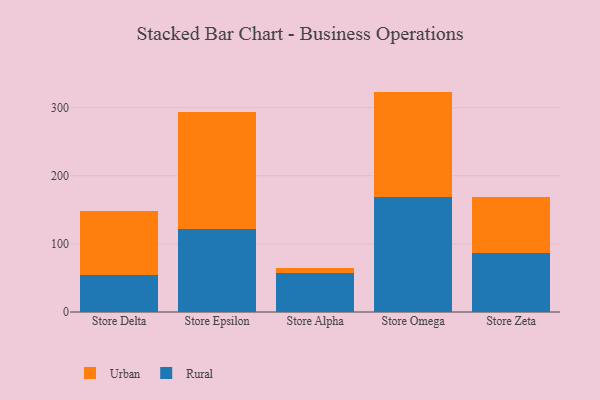
{"axis": {"x": "Store", "y": "LTV (USD)"}, "legend": ["Rural", "Urban"], "data": [{"x": "Store Delta", "y": 54.9, "type": "Rural"}, {"x": "Store Delta", "y": 93.0, "type": "Urban"}, {"x": "Store Epsilon", "y": 121.9, "type": "Rural"}, {"x": "Store Epsilon", "y": 172.0, "type": "Urban"}, {"x": "Store Alpha", "y": 56.9, "type": "Rural"}, {"x": "Store Alpha", "y": 7.2, "type": "Urban"}, {"x": "Store Omega", "y": 168.9, "type": "Rural"}, {"x": "Store Omega", "y": 154.6, "type": "Urban"}, {"x": "Store Zeta", "y": 85.9, "type": "Rural"}, {"x": "Store Zeta", "y": 83.0, "type": "Urban"}]}